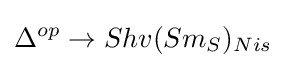
\Delta ^{op}\to Shv(Sm_{S})_{Nis}